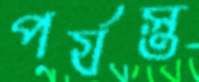
পর্যস্ত